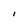
Character: I